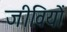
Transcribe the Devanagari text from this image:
जीवियों